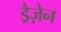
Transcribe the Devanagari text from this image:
ड्रैज़ेन